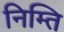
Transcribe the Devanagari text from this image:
निम्ति